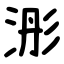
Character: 浵